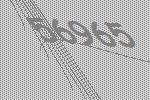
56965